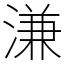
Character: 溓